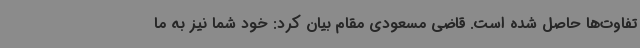
تفاوت‌ها حاصل شده است. قاضی مسعودی مقام بیان کرد: خود شما نیز به ما